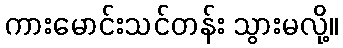
ကားမောင်းသင်တန်း သွားမလို့။